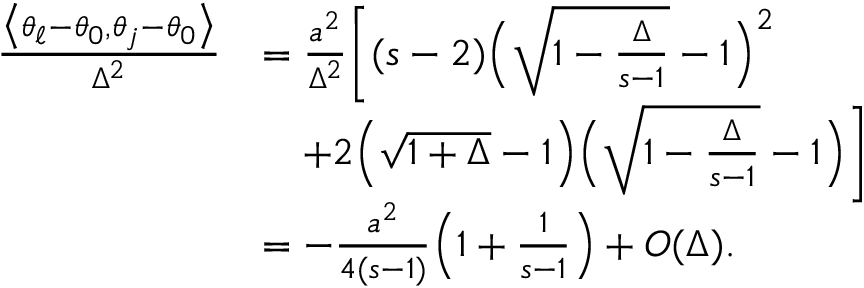
\begin{array} { r l } { \frac { \big \langle \theta _ { \ell } - \theta _ { 0 } , \theta _ { j } - \theta _ { 0 } \big \rangle } { \Delta ^ { 2 } } } & { = \frac { a ^ { 2 } } { \Delta ^ { 2 } } \bigg [ ( s - 2 ) \Big ( \sqrt { 1 - \frac { \Delta } { s - 1 } } - 1 \Big ) ^ { 2 } } \\ & { \quad + 2 \Big ( \sqrt { 1 + \Delta } - 1 \Big ) \Big ( \sqrt { 1 - \frac { \Delta } { s - 1 } } - 1 \Big ) \bigg ] } \\ & { = - \frac { a ^ { 2 } } { 4 ( s - 1 ) } \Big ( 1 + \frac { 1 } { s - 1 } \Big ) + O ( \Delta ) . } \end{array}